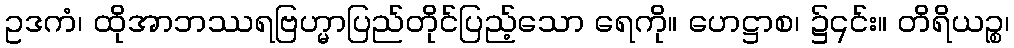
ဥဒကံ၊ ထိုအာဘဿရဗြဟ္မာပြည်တိုင်ပြည့်သော ရေကို။ ဟေဋ္ဌာစ၊ ၌၎င်း။ တိရိယဉ္စ၊